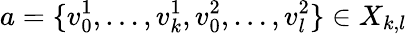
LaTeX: a=\{ v_{0}^{1},\ldots,v_{k}^{1},v_{0}^{2},\ldots,v_{l}^{2}\} \in X_{k,l}